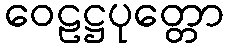
ဝေဠဋ္ဌပုတ္တော